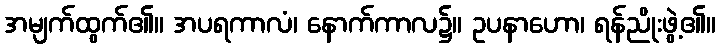
အမျက်ထွက်၏။ အပရကာလံ၊ နောက်ကာလ၌။ ဥပနာဟော၊ ရန်ညိုးဖွဲ့၏။